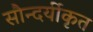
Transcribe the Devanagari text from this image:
सौन्दर्यीकृत